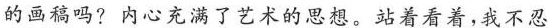
的画稿吗?内心充满了术的思想。站着看着，我不忍